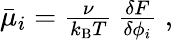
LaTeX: \begin{array}{r}{\bar{\mu}_{i}=\frac{\nu}{k_{\mathrm{B}}T}\, \frac{\delta F}{\delta\phi_{i}}\; ,}\end{array}